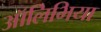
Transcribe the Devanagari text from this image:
ऑलिभिया